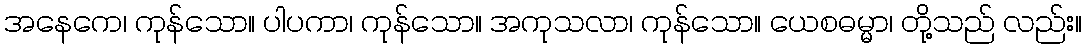
အနေကေ၊ ကုန်သော။ ပါပကာ၊ ကုန်သော။ အကုသလာ၊ ကုန်သော။ ယေစဓမ္မာ၊ တို့သည် လည်း။